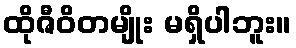
ထိုဇီဝိတမျိုး မရှိပါဘူး။